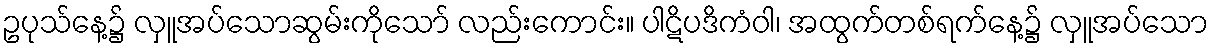
ဥပုသ်နေ့၌ လှူအပ်သောဆွမ်းကိုသော် လည်းကောင်း။ ပါဋိပဒိကံဝါ၊ အထွက်တစ်ရက်နေ့၌ လှူအပ်သော